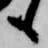
も